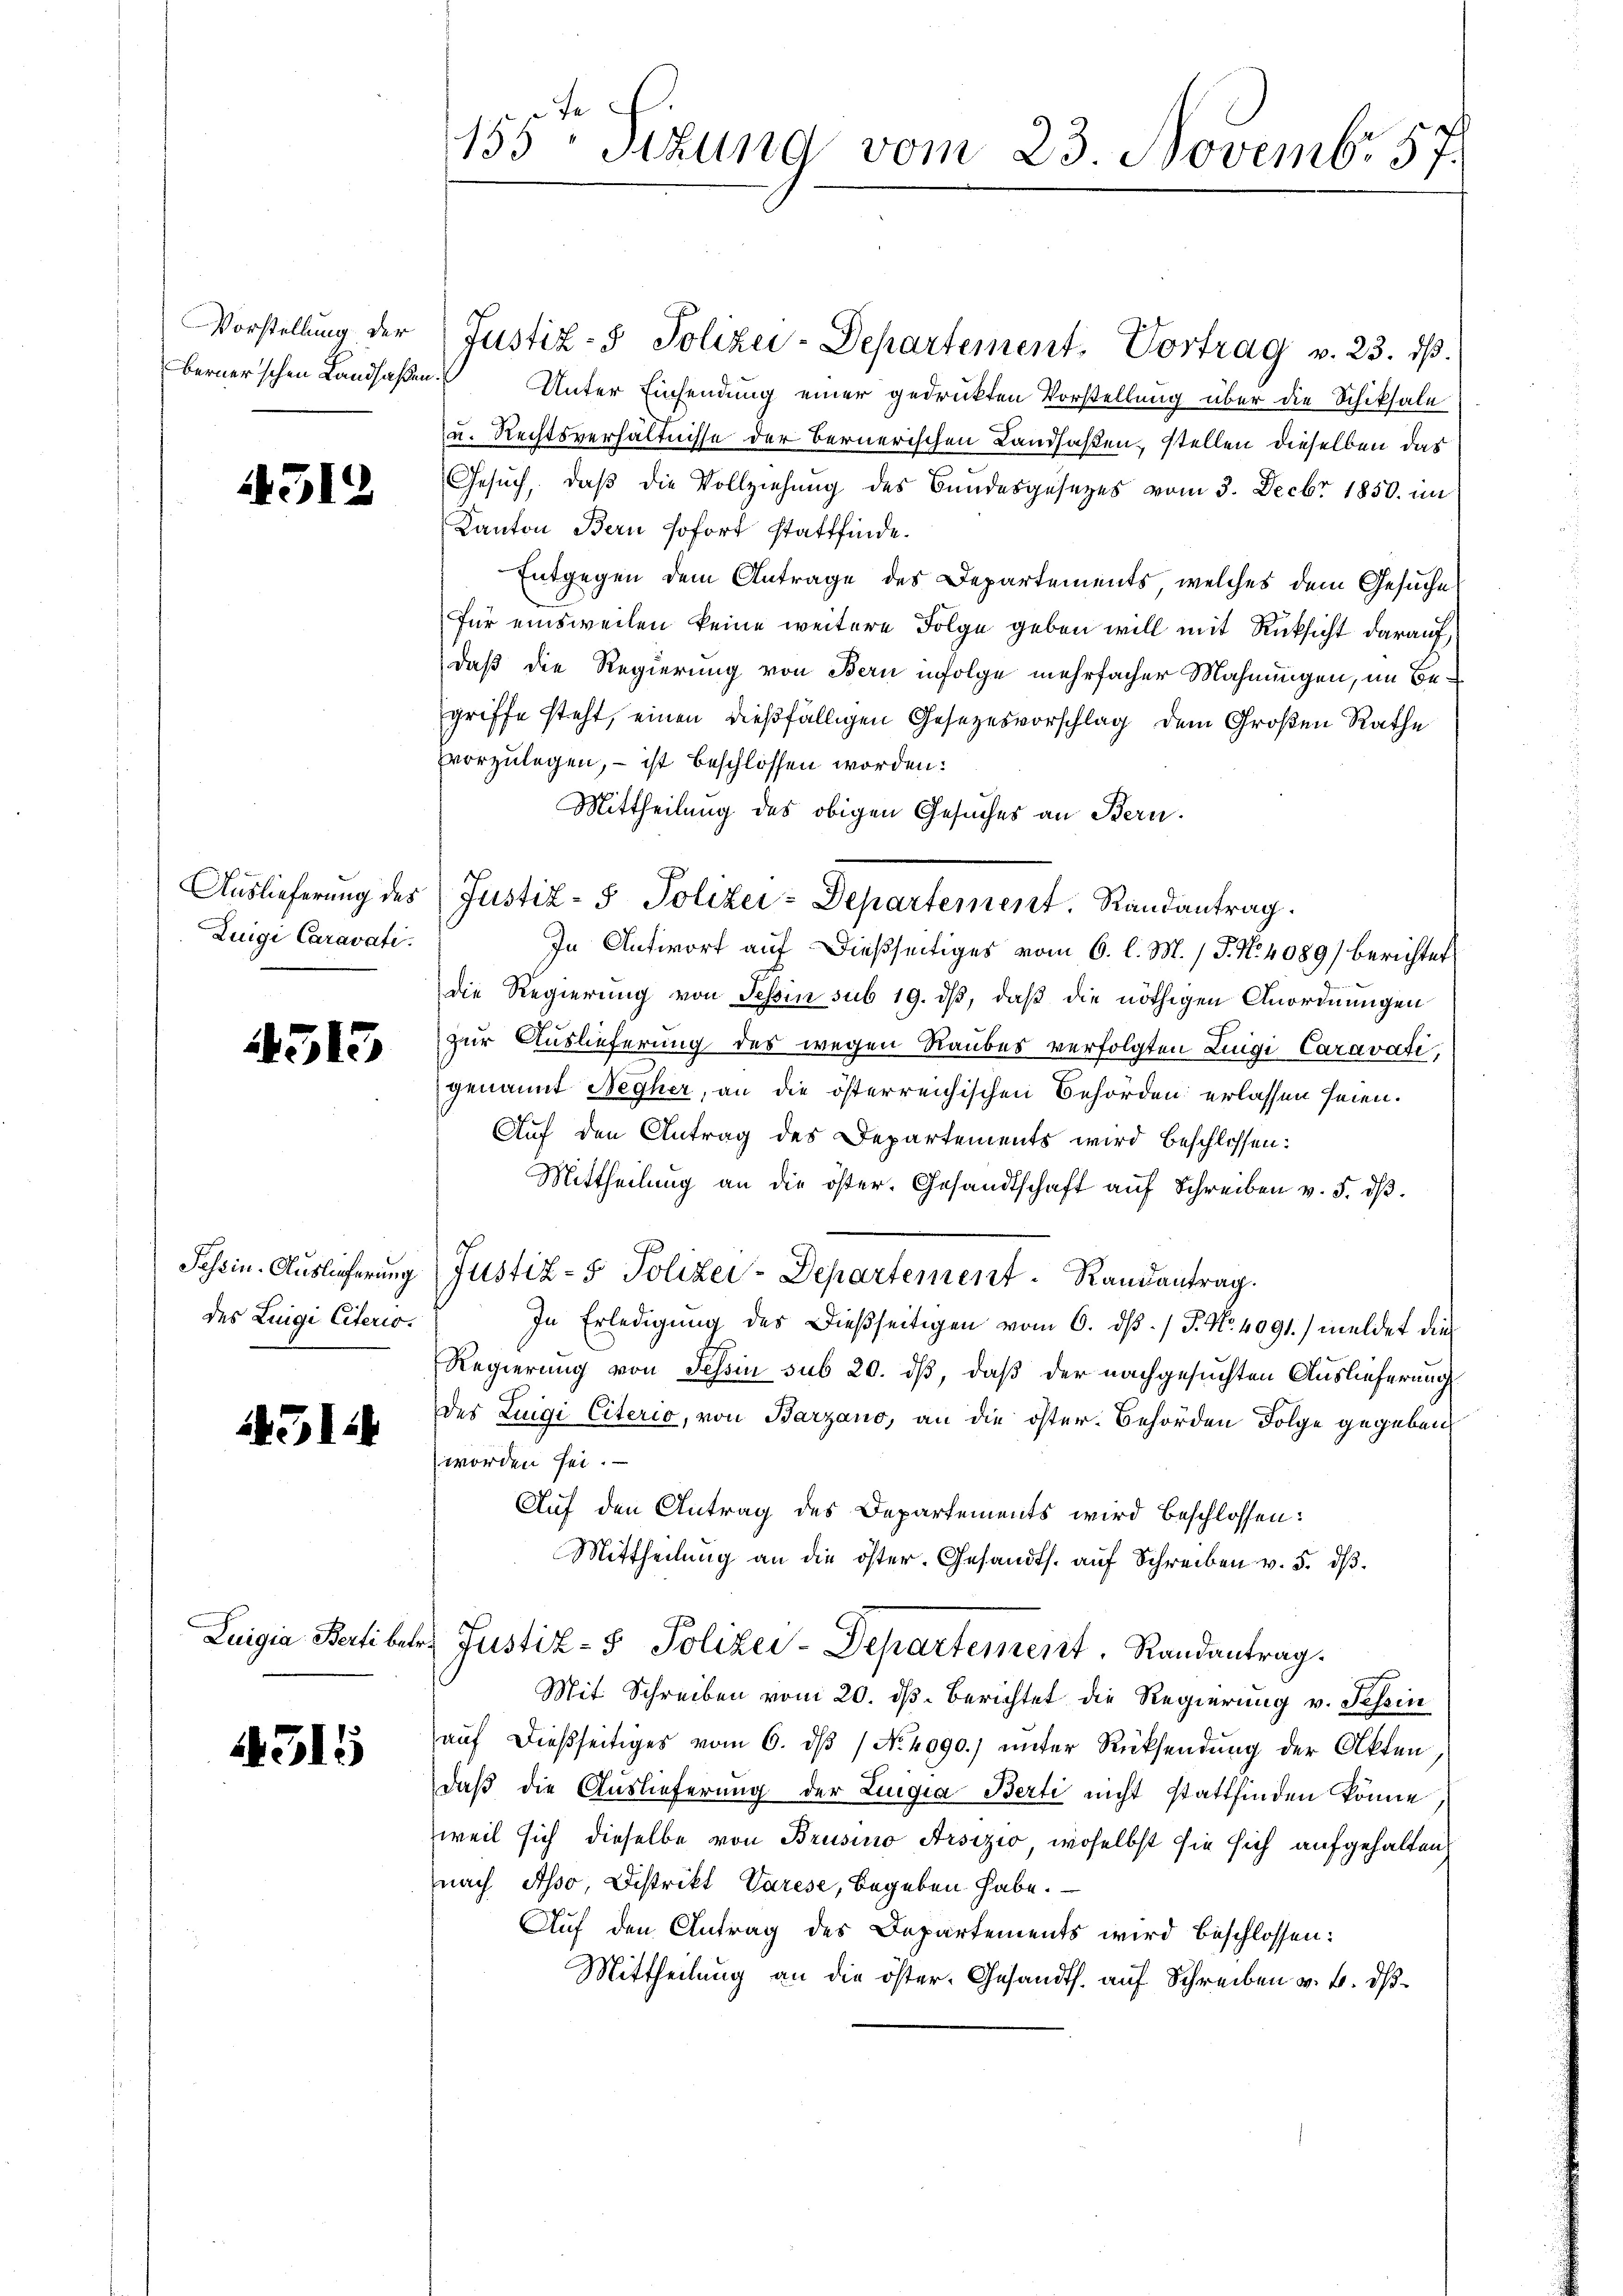
Vorstellung der
berner'schen Landsaßen.

1312

Auslieferung des
Zuige Caravati.

4513

Schein-Auslieferung
des Luigi Citerio.

1312

Luigia, Berti betr.

1315

155: Sizung vom 23. Novembr 57.

Justiz- & Polizei-Departement, Vortrag v. 23. ds.
Unter Einsendung einer gedruckten Vorstellung über die Schiksale
u. Rechtsverhältnisse der Bernerischen Landsaßen, stellen dieselben das
Gesuch, daβ die Vollziehung des Bundesgesetzes vom 3. Decbr 1850 im
Kanton Bern sofort stattfinde.
Entgegen dem Antrage des Departements, welches dem Gesuche
für einsweilen keine weitere Folge geben will mit Rücksicht darauf,
daß die Regierung von Bern infolge mehrfacher Mahnungen, im Begriffe steht, einen dießfälligen Gesetzesvorschlag dem Großen Rathe
vvorzulegen, – ist beschlossen worden:
Mittheilung des obigen Gesuches an Bern.
In Antwort auf dießseitiges vom 6. l. M. (T. No 4089) berichtet
die Regierung von Tessin sub 19. dβ, daß die nöthigen Anordnungen
zur Auslieferung des wegen Raubes verfolgten Luigi Caravati,
genannt Negher, an die österreichischen Behörden erlassen seien.
Auf den Antrag des Departements wird beschlossen:
Mittheilung an die öster. Gesandtschaft auf Schreiben v. 5. dβ.
Justiz- & Polizei-Departement. Randantrag.
In Erledigung des Dießseitigen vom 6. dβ. / P. Nr. 4091) meldet dies
Regierung von Tessin sub 20. dß, daß der nachgesuchten Auslieferung
des Luigi Citerio, von Barzano, an die öster-Behörden Folge gegeben
worden sei.
Auf den Antrag des Departements wird beschlossen:
Mittheilŭng an die öster- Gesandts. aŭf Schreiben v. 5. dβ
 Justiz- & Polizei-Departement. Randantrag.
Mit Schreiben vom 20. dß. Berichtet die Regierung v. Tessin
auf dießseitiges vom 6. ds / No. 4090.) unter Rücksendung der Akten
daß die Auslieferung der Zingia Berli nicht stattfinden könne,
weil sich dieselbe von Brusino Arsizio, woselbst sie sich aufgehalten
nach Asso, Distrikt Varese, begeben habe.
Auf den Antrag des Departements wird beschlossen:
Mittheilung an die öster-Gesandts. auf Schreiben v. 6. ds

Justiz- & Polizei-Departement Randantrag.